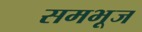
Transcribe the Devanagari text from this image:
समभूज